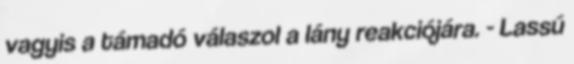
vagyis a támadó válaszol a lány reakciójára. - Lassú